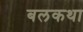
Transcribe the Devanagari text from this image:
बलकथा